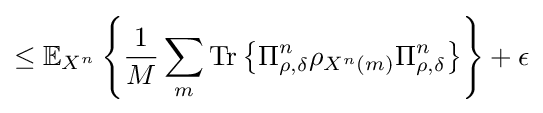
\leq \mathbb {E} _{X^{n}}\left\{{\frac {1}{M}}\sum _{m}{\text{Tr}}\left\{\Pi _{\rho ,\delta }^{n}\rho _{X^{n}\left(m\right)}\Pi _{\rho ,\delta }^{n}\right\}\right\}+\epsilon